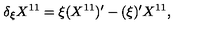
\delta _ { \xi } X ^ { 1 1 } = \xi ( X ^ { 1 1 } ) ^ { \prime } - ( \xi ) ^ { \prime } X ^ { 1 1 } ,